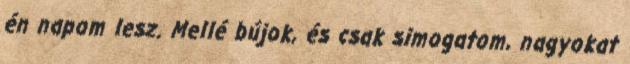
én napom lesz. Mellé bújok, és csak simogatom, nagyokat